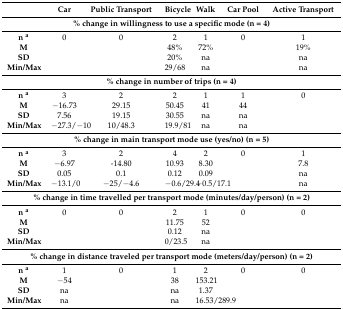
|  | Car | Public Transport | Bicycle | Walk | Car Pool | Active Transport |
 | --- | --- | --- | --- | --- | --- | --- |
 | <COLSPAN=7> % change in willingness to use a specific mode (n = 4) |
 | n a | 0 | 0 | 2 | 1 | 0 | 1 |
 | M |  |  | 48% | 72% |  | 19% |
 | SD |  |  | 20% | na |  | na |
 | Min/Max |  |  | 29/68 | na |  | na |
 | <COLSPAN=7> % change in number of trips (n = 4) |
 | n a | 3 | 2 | 2 | 1 | 1 | 0 |
 | M | −16.73 | 29.15 | 50.45 | 41 | 44 |  |
 | SD | 7.56 | 19.15 | 30.55 | na | na |  |
 | Min/Max | −27.3/−10 | 10/48.3 | 19.9/81 | na | na |  |
 | <COLSPAN=7> % change in main transport mode use (yes/no) (n = 5) |
 | n a | 3 | 2 | 4 | 2 | 0 | 1 |
 | M | −6.97 | -14.80 | 10.93 | 8.30 |  | 7.8 |
 | SD | 0.05 | 0.1 | 0.12 | 0.09 |  | na |
 | Min/Max | −13.1/0 | −25/−4.6 | −0.6/29.4 | −0.5/17.1 |  | na |
 | <COLSPAN=7> % change in time travelled per transport mode (minutes/day/person) (n = 2) |
 | n a | 0 | 0 | 2 | 1 | 0 | 0 |
 | M |  |  | 11.75 | 52 |  |  |
 | SD |  |  | 0.12 | na |  |  |
 | Min/Max |  |  | 0/23.5 | na |  |  |
 | <COLSPAN=7> % change in distance traveled per transport mode (meters/day/person) (n = 2) |
 | n a | 1 | 0 | 1 | 2 | 0 | 0 |
 | M | −54 |  | 38 | 153.21 |  |  |
 | SD | na |  | na | 1.37 |  |  |
 | Min/Max | na |  | na | 16.53/289.9 |  |  |